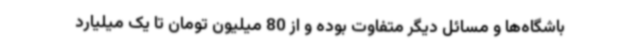
باشگاه‌ها و مسائل دیگر متفاوت بوده و از 80 میلیون تومان تا یک میلیارد